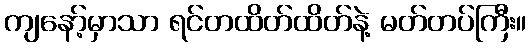
ကျနော့်မှာသာ ရင်တထိတ်ထိတ်နဲ့ မတ်တပ်ကြီး။